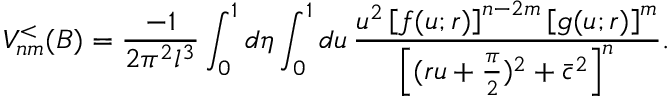
V _ { n m } ^ { < } ( B ) = \frac { - 1 } { 2 \pi ^ { 2 } l ^ { 3 } } \int _ { 0 } ^ { 1 } d \eta \int _ { 0 } ^ { 1 } d u \, \frac { u ^ { 2 } \left[ f ( u ; r ) \right] ^ { n - 2 m } \left[ g ( u ; r ) \right] ^ { m } } { \left[ ( r u + \frac { \pi } { 2 } ) ^ { 2 } + \bar { c } ^ { 2 } \right] ^ { n } } .